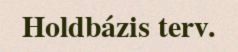
Holdbázis terv.